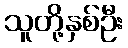
သူတို့နှစ်ဦး